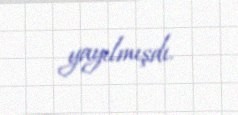
yayılmışdı.